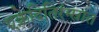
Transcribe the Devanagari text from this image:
एक्रेदितिरंग्स्रात